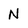
Character: N